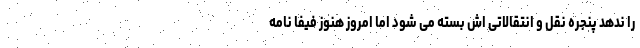
را ندهد پنجره نقل و انتقالاتی اش بسته می شود اما امروز هنوز فیفا نامه